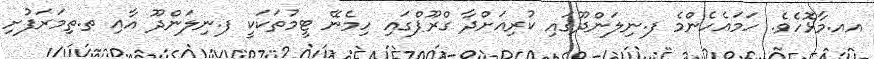
އއ.މާޅޮހެވެ. ހަމައެހެންމެ ފ.ނިލަންދޫގައި ކުރިއަށްދާ ގްރޫޕްގައި ހިމެނޭ ޓީމުތަކަކީ ފ.ނިލަންދޫ އާއި ތ.ތިމަރަފުށި